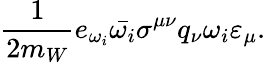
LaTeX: \frac{1}{2m_{W}}e_{\omega_{i}}\bar{{\mathbf\omega}_{i}}\sigma^{\mu\nu}q_{\nu}{\mathbf\omega}_{i}\varepsilon_{\mu}.